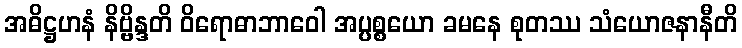
အဓိဋ္ဌဟနံ နိဗ္ဗိန္ဒတိ ဝိရောဓာဘာဝေါ အပ္ပစ္စယော ခမနေ စုတဿ သံယောဇနာနီတိ